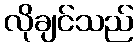
လိုချင်သည်